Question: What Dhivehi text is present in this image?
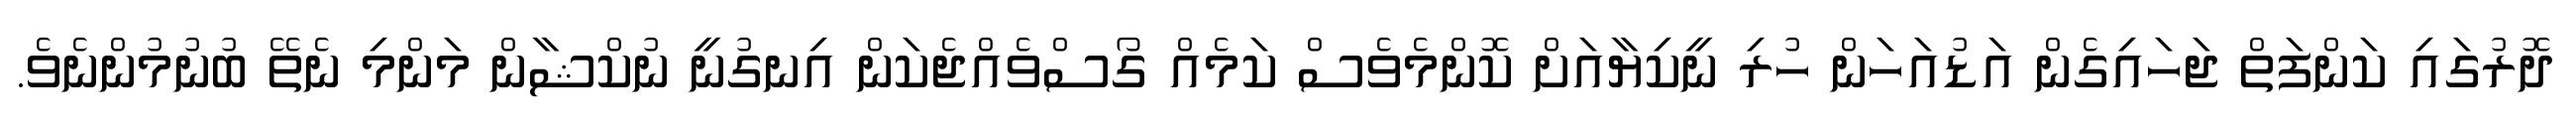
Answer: ދޮރުގައި ކަންފަތް ޖަހައިގެން އަޑުއަހަން ހުރި ނީކިޔާއަށް ކޮންމެވެސް ކަމެއް ގޯސްވެއްޖެކަން އިނގުނީ ނުކްޝާން މަންމި ނެތޭ ބުނުމުންނެވެ.